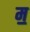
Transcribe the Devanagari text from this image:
म॒